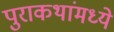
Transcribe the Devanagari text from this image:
पुराकथांमध्ये